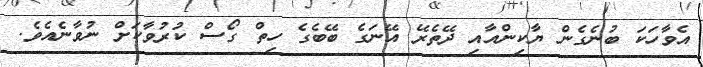
އެވާހަކަ ބުނެގެން ޔާކިންއާއި ދޭތެރޭ އޭނަގެ ބޭބެގެ ހިތް ގޯސް ކުރުވާކަށް ނުވާނެއެވެ.